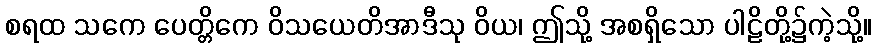
စရထ သကေ ပေတ္တိကေ ဝိသယေတိအာဒီသု ဝိယ၊ ဤသို့ အစရှိသော ပါဠိတို့၌ကဲ့သို့။